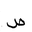
Letter: _sad